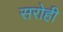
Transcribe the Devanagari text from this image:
सरोही